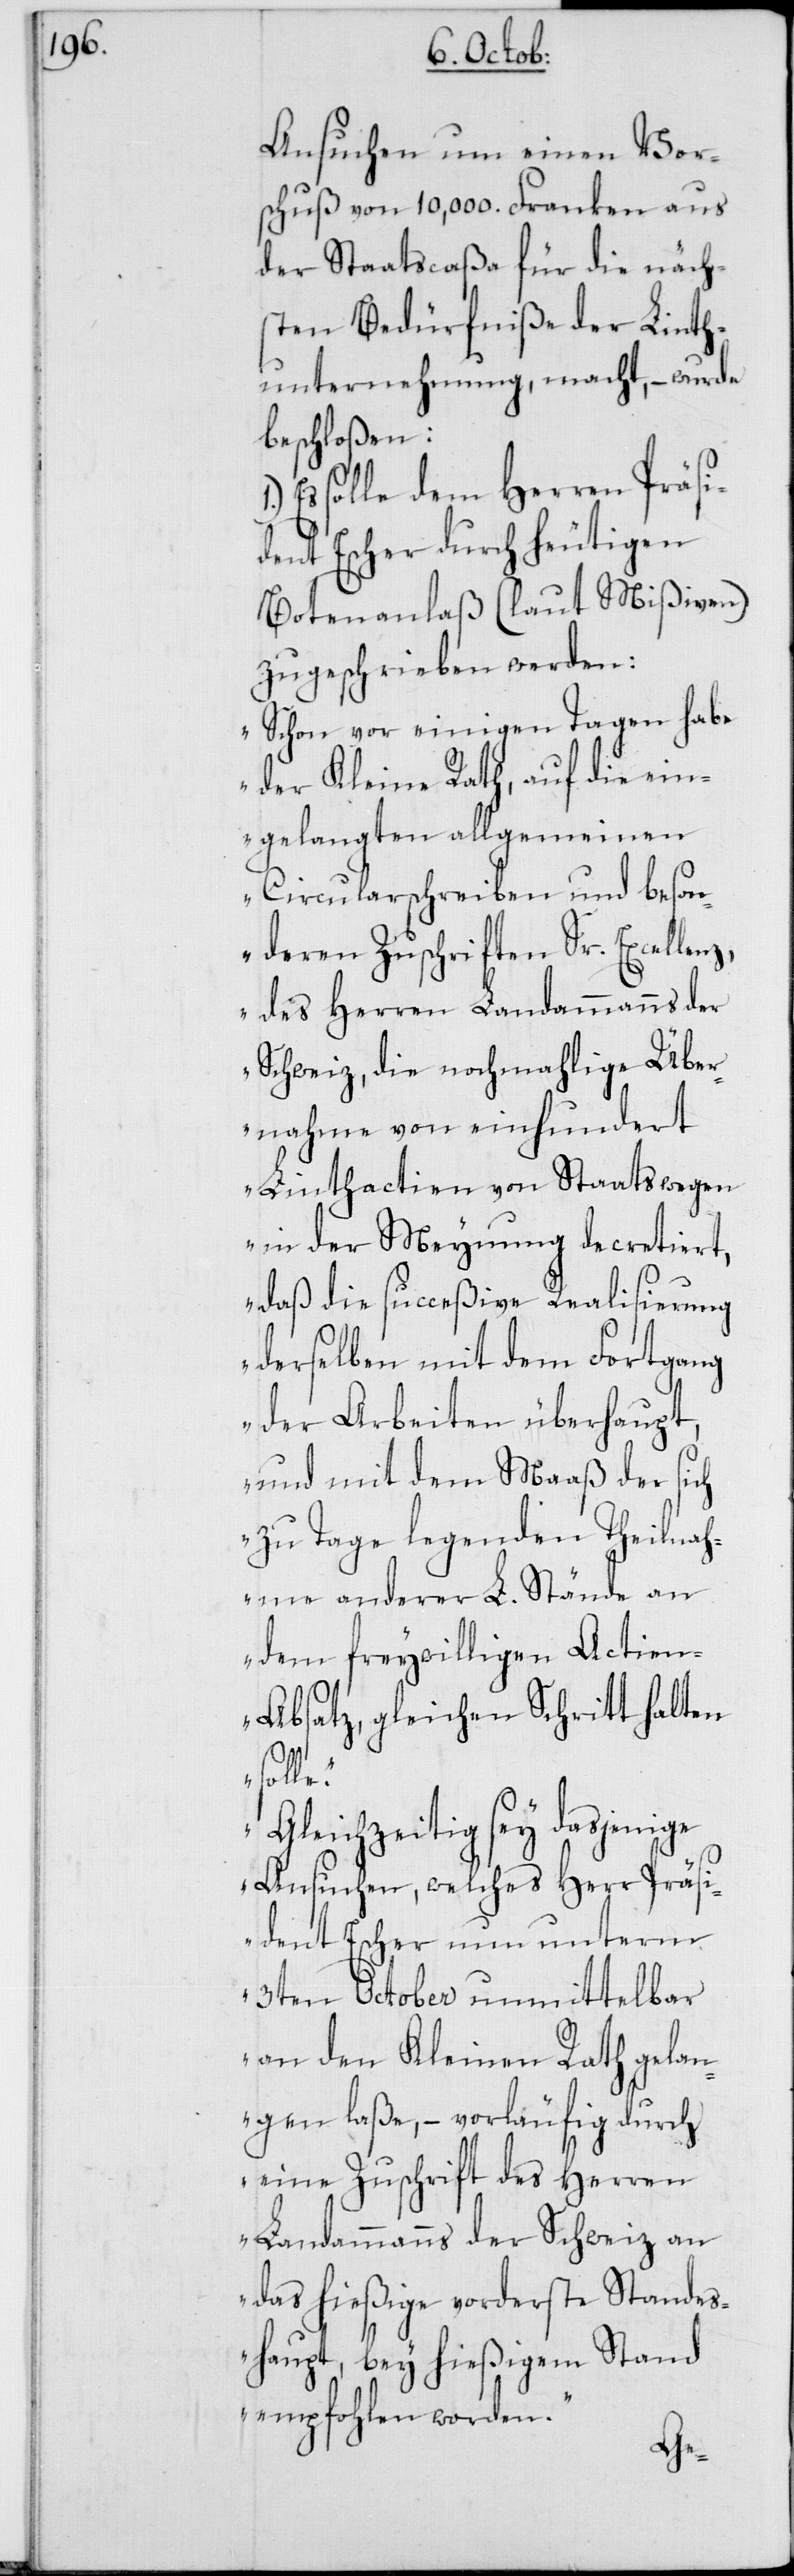
Ansuchen um einen Vor¬
schuß von 10,000. Franken aus
der Staatscaßa für die näch¬
sten Bedürfniße der Linth¬
unternehmung, macht, – wurde
beschloßen:
Es solle dem Herren Präsi¬
dent Escher durch heutigen
Botenanlaß (laut Mißiven)
zugeschrieben werden:
„Schon vor einigen Tagen habe
der Kleine Rath, auf die ein¬
gelangten allgemeinen
Circularschreiben und beson¬
deren Zuschriften Sr. Excellenz,
des Herren Landammanns der
Schweiz, die nochmahlige Über¬
nahme von einhundert
Linthactien von Staatswegen
in der Meynung decretiert,
daß die succeßive Realisierung
derselben mit dem Fortgang
der Arbeiten überhaupt,
und mit dem Maaß der sich
zu Tage legenden Theilnah¬
me anderer L. Stände an
dem freywilligen Actie¬
n-Absatz, gleichen Schritt halten
solle.
Gleichzeitig sey dasjenige
Ansuchen, welches Herr Präsi¬
dent Escher nun unterm
3ten October unmittelbar
an den Kleinen Rath gelan¬
gen laße, – vorläufig durch
eine Zuschrift des Herren
Landammanns der Schweiz an
das hießige vorderste Standes¬
haupt, bey hießigem Stand
empfohlen worden.“